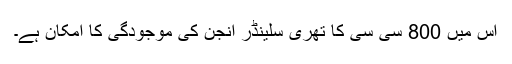
اس میں 800 سی سی کا تھری سلینڈر انجن کی موجودگی کا امکان ہے۔